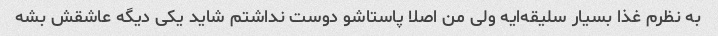
به نظرم غذا بسیار سلیقه‌ایه ولی من اصلا پاستاشو دوست نداشتم شاید یکی دیگه عاشقش بشه